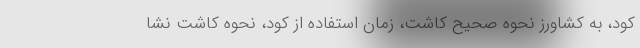
کود، به کشاورز نحوه صحیح کاشت، زمان استفاده از کود، نحوه کاشت نشا